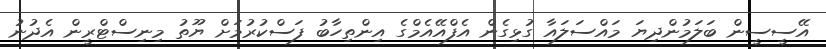
އޭސީސީން ބަލަމުންދިޔަ މައްސަލައާ ގުޅިގެން އެފްއޭޭއެމްގެ އިންތިހާބު ފަސްކުރުމަށް ޔޫތު މިނިސްޓްރީން އެދުނު